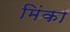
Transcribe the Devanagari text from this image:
मिंका